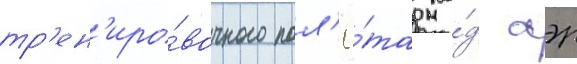
тр'ен'иро́вочного пол'ё́та на́д аэр